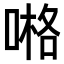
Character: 𠺝